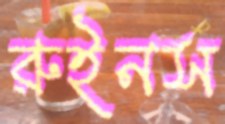
রুইনস